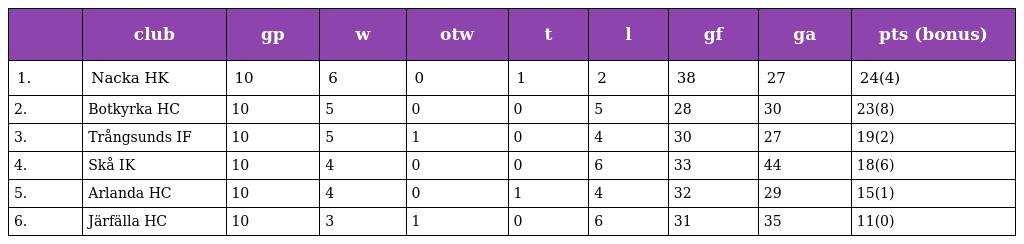
|  | club | gp | w | otw | t | l | gf | ga | pts (bonus) |
 | --- | --- | --- | --- | --- | --- | --- | --- | --- | --- |
 | 1. | Nacka HK | 10 | 6 | 0 | 1 | 2 | 38 | 27 | 24(4) |
 | 2. | Botkyrka HC | 10 | 5 | 0 | 0 | 5 | 28 | 30 | 23(8) |
 | 3. | Trångsunds IF | 10 | 5 | 1 | 0 | 4 | 30 | 27 | 19(2) |
 | 4. | Skå IK | 10 | 4 | 0 | 0 | 6 | 33 | 44 | 18(6) |
 | 5. | Arlanda HC | 10 | 4 | 0 | 1 | 4 | 32 | 29 | 15(1) |
 | 6. | Järfälla HC | 10 | 3 | 1 | 0 | 6 | 31 | 35 | 11(0) |